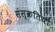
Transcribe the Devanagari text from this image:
संस्क्रतियों